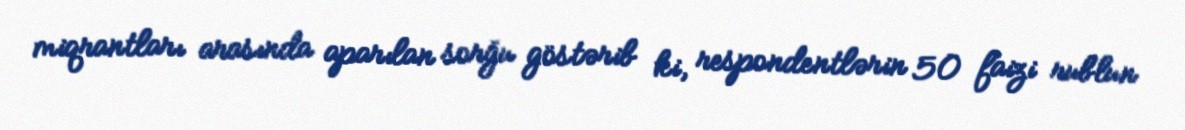
miqrantları arasında aparılan sorğu göstərib ki, respondentlərin 50 faizi rublun